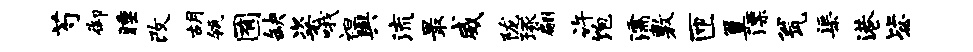
芍御睡改胡瓴囿缺粢哦袒舆流最威陇琢翩许饱濡敷匝簟漂瓮渠港毖